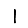
Digit: 1